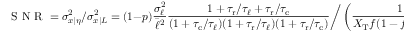
\mathrm { ~ S ~ N ~ R ~ } = \sigma _ { x | \eta } ^ { 2 } / \sigma _ { x | L } ^ { 2 } = ( 1 - p ) \frac { \sigma _ { \ell } ^ { 2 } } { \bar { \ell } ^ { 2 } } \frac { 1 + { \tau _ { \mathrm { r } } } / \tau _ { \ell } + { \tau _ { \mathrm { r } } } / { \tau _ { \mathrm { c } } } } { ( 1 + { \tau _ { \mathrm { c } } } / \tau _ { \ell } ) ( 1 + { \tau _ { \mathrm { r } } } / \tau _ { \ell } ) ( 1 + { \tau _ { \mathrm { r } } } / { \tau _ { \mathrm { c } } } ) } \bigg / \left( \frac { 1 } { X _ { \mathrm { T } } f ( 1 - f ) ( 1 - p ) } + \frac { 1 } { R _ { \mathrm { T } } p ( 1 + { \tau _ { \mathrm { r } } } / { \tau _ { \mathrm { c } } } ) } \right) .